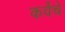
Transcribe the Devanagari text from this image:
कर्वेचे